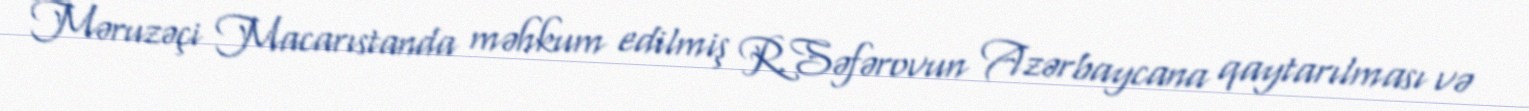
Məruzəçi Macarıstanda məhkum edilmiş R.Səfərovun Azərbaycana qaytarılması və